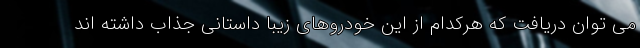
می توان دریافت که هرکدام از این خودروهای زیبا داستانی جذاب داشته اند